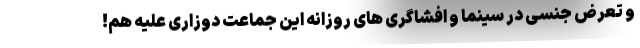
و تعرض جنسی در سینما و افشاگری های روزانه این جماعت دوزاری علیه هم!